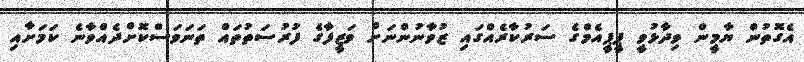
އެގޮތުން ޔާމީން ވިދާޅުވީ ޕީޕީއެމްގެ ސަރުކާރެއްގައި ޒުވާނުންނަށް ވަޒީފާގެ ފުރުސަތުތައް ތަނަވަސްކޮށްދެއްވާނެ ކަމަށާއި